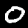
Label: 0